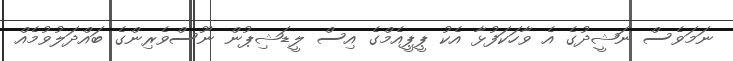
ނަމަވެސް ނަޝީދުގެ އެ ވާހަކަފުޅާ އެކު ޕީޕީއެމްގެ އިސް ލީޑަޝިޕުން ނޫސްވެރިންގެ ބައްދަލުވުމެއް